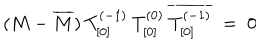
( M - \overline { { { M } } } ) \: T _ { [ 0 ] } ^ { ( - 1 ) } \: T _ { [ 0 ] } ^ { ( 0 ) } \: \overline { { { T _ { [ 0 ] } ^ { ( - 1 ) } } } } \; = \; 0